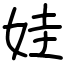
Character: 娃